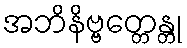
အဘိနိဗ္ဗတ္တေန္တု